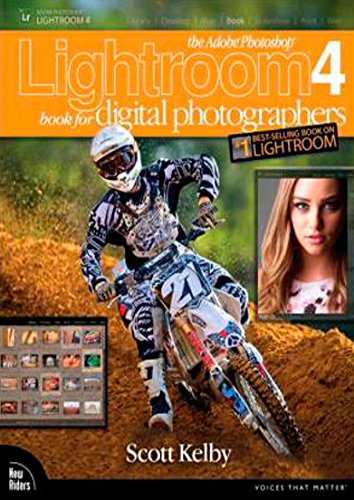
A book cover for The Adobe Photoshop Lightroom 4 Book for Digital Photographers (Voices That Matter); Scott Kelby; Computers & Technology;